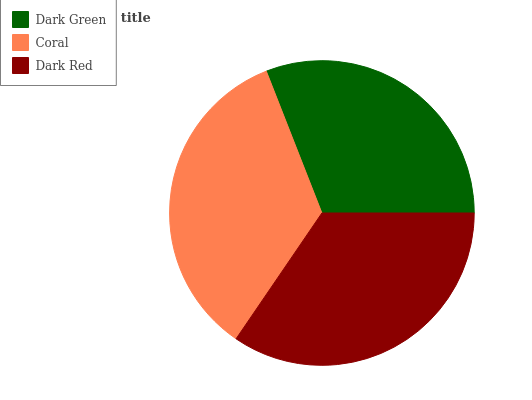
| Dark Green | Coral | Dark Red |
 | --- | --- | --- |
 | 30.9% | 34.6% | 34.6% |